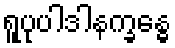
ရူပုပါဒါနက္ခန္ဓေ